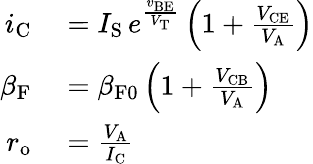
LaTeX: \begin{array}{rl}{i_{\mathrm{C}}}&{{}=I_{\mathrm{S}}\, e^{\frac{v_{\mathrm{BE}}}{V_{\mathrm{T}}}}\left(1+{\frac{V_{\mathrm{CE}}}{V_{\mathrm{A}}}}\right)}\\ {\beta_{\mathrm{F}}}&{{}=\beta_{{\mathrm{F}}0}\left(1+{\frac{V_{\mathrm{CB}}}{V_{\mathrm{A}}}}\right)}\\ {r_{\mathrm{o}}}&{{}={\frac{V_{\mathrm{A}}}{I_{\mathrm{C}}}}}\end{array}